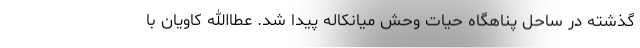
گذشته در ساحل پناهگاه حیات وحش میانکاله پیدا شد. عطاالله کاویان با